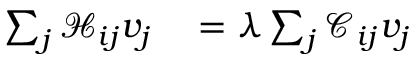
\begin{array} { r l } { \sum _ { j } \mathcal { H } _ { i j } v _ { j } } & { { } = \lambda \sum _ { j } \mathcal { C } _ { i j } v _ { j } } \end{array}